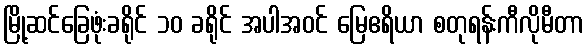
မြို့ဆင်ခြေဖုံးခရိုင် ၁၀ ခရိုင် အပါအဝင် မြေဧရိယာ စတုရန်းကီလိုမီတာ